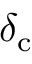
\delta _ { \mathrm { c } }